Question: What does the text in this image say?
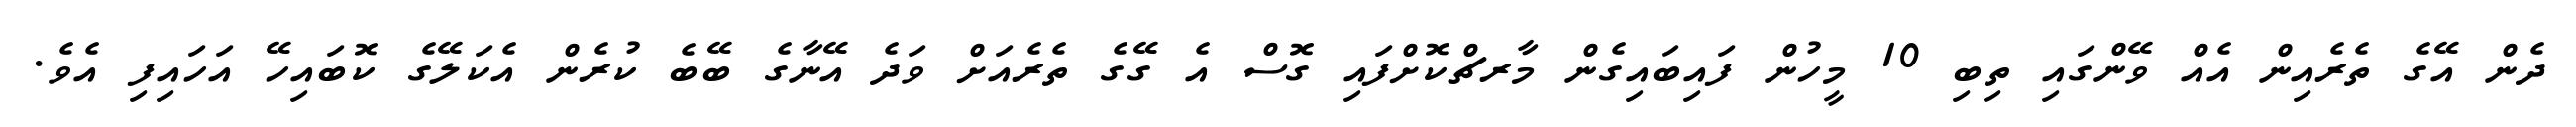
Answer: ދެން އޭގެ ތެރެއިން އެއް ވޭންގައި ތިބި 10 މީހުން ފައިބައިގެން މާރޗްކޮށްފައި ގޮސް އެ ގޭގެ ތެރެއަށް ވަދެ އޭނާގެ ބޭބެ ކުރެން އެކަލޭގެ ކޮބައިހޭ އަހައިފި އެވެ.